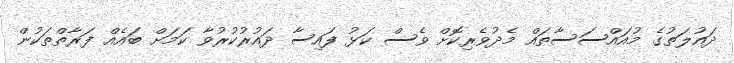
ދައުލަތުގެ މުއައްސަސާތައް މެދުވެރިކޮށް ވެސް ކަޅު ފައިސާ ދައުރުކުރުވާ ކަމަށް ބައެއް ފަރާތްތަކުން